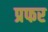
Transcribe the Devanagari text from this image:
प्रफर